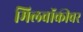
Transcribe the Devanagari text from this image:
मिलवॉकीवर